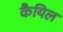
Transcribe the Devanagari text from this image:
कैयिल